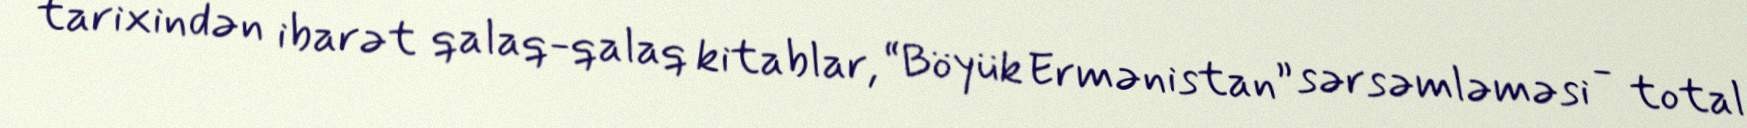
tarixindən ibarət qalaq-qalaq kitablar, “Böyük Ermənistan” sərsəmləməsi - total